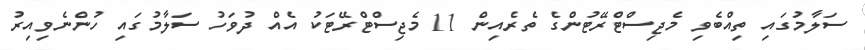
ސަލާމުގައި ތިއްބެވި މެޖިސްޓްރޭޓުންގެ ތެރެއިން 11 މެޖިސްޓްރޭޓަކު އެއް ދުވަހު ސަލާމުގައި ހުންނެވިއިރު